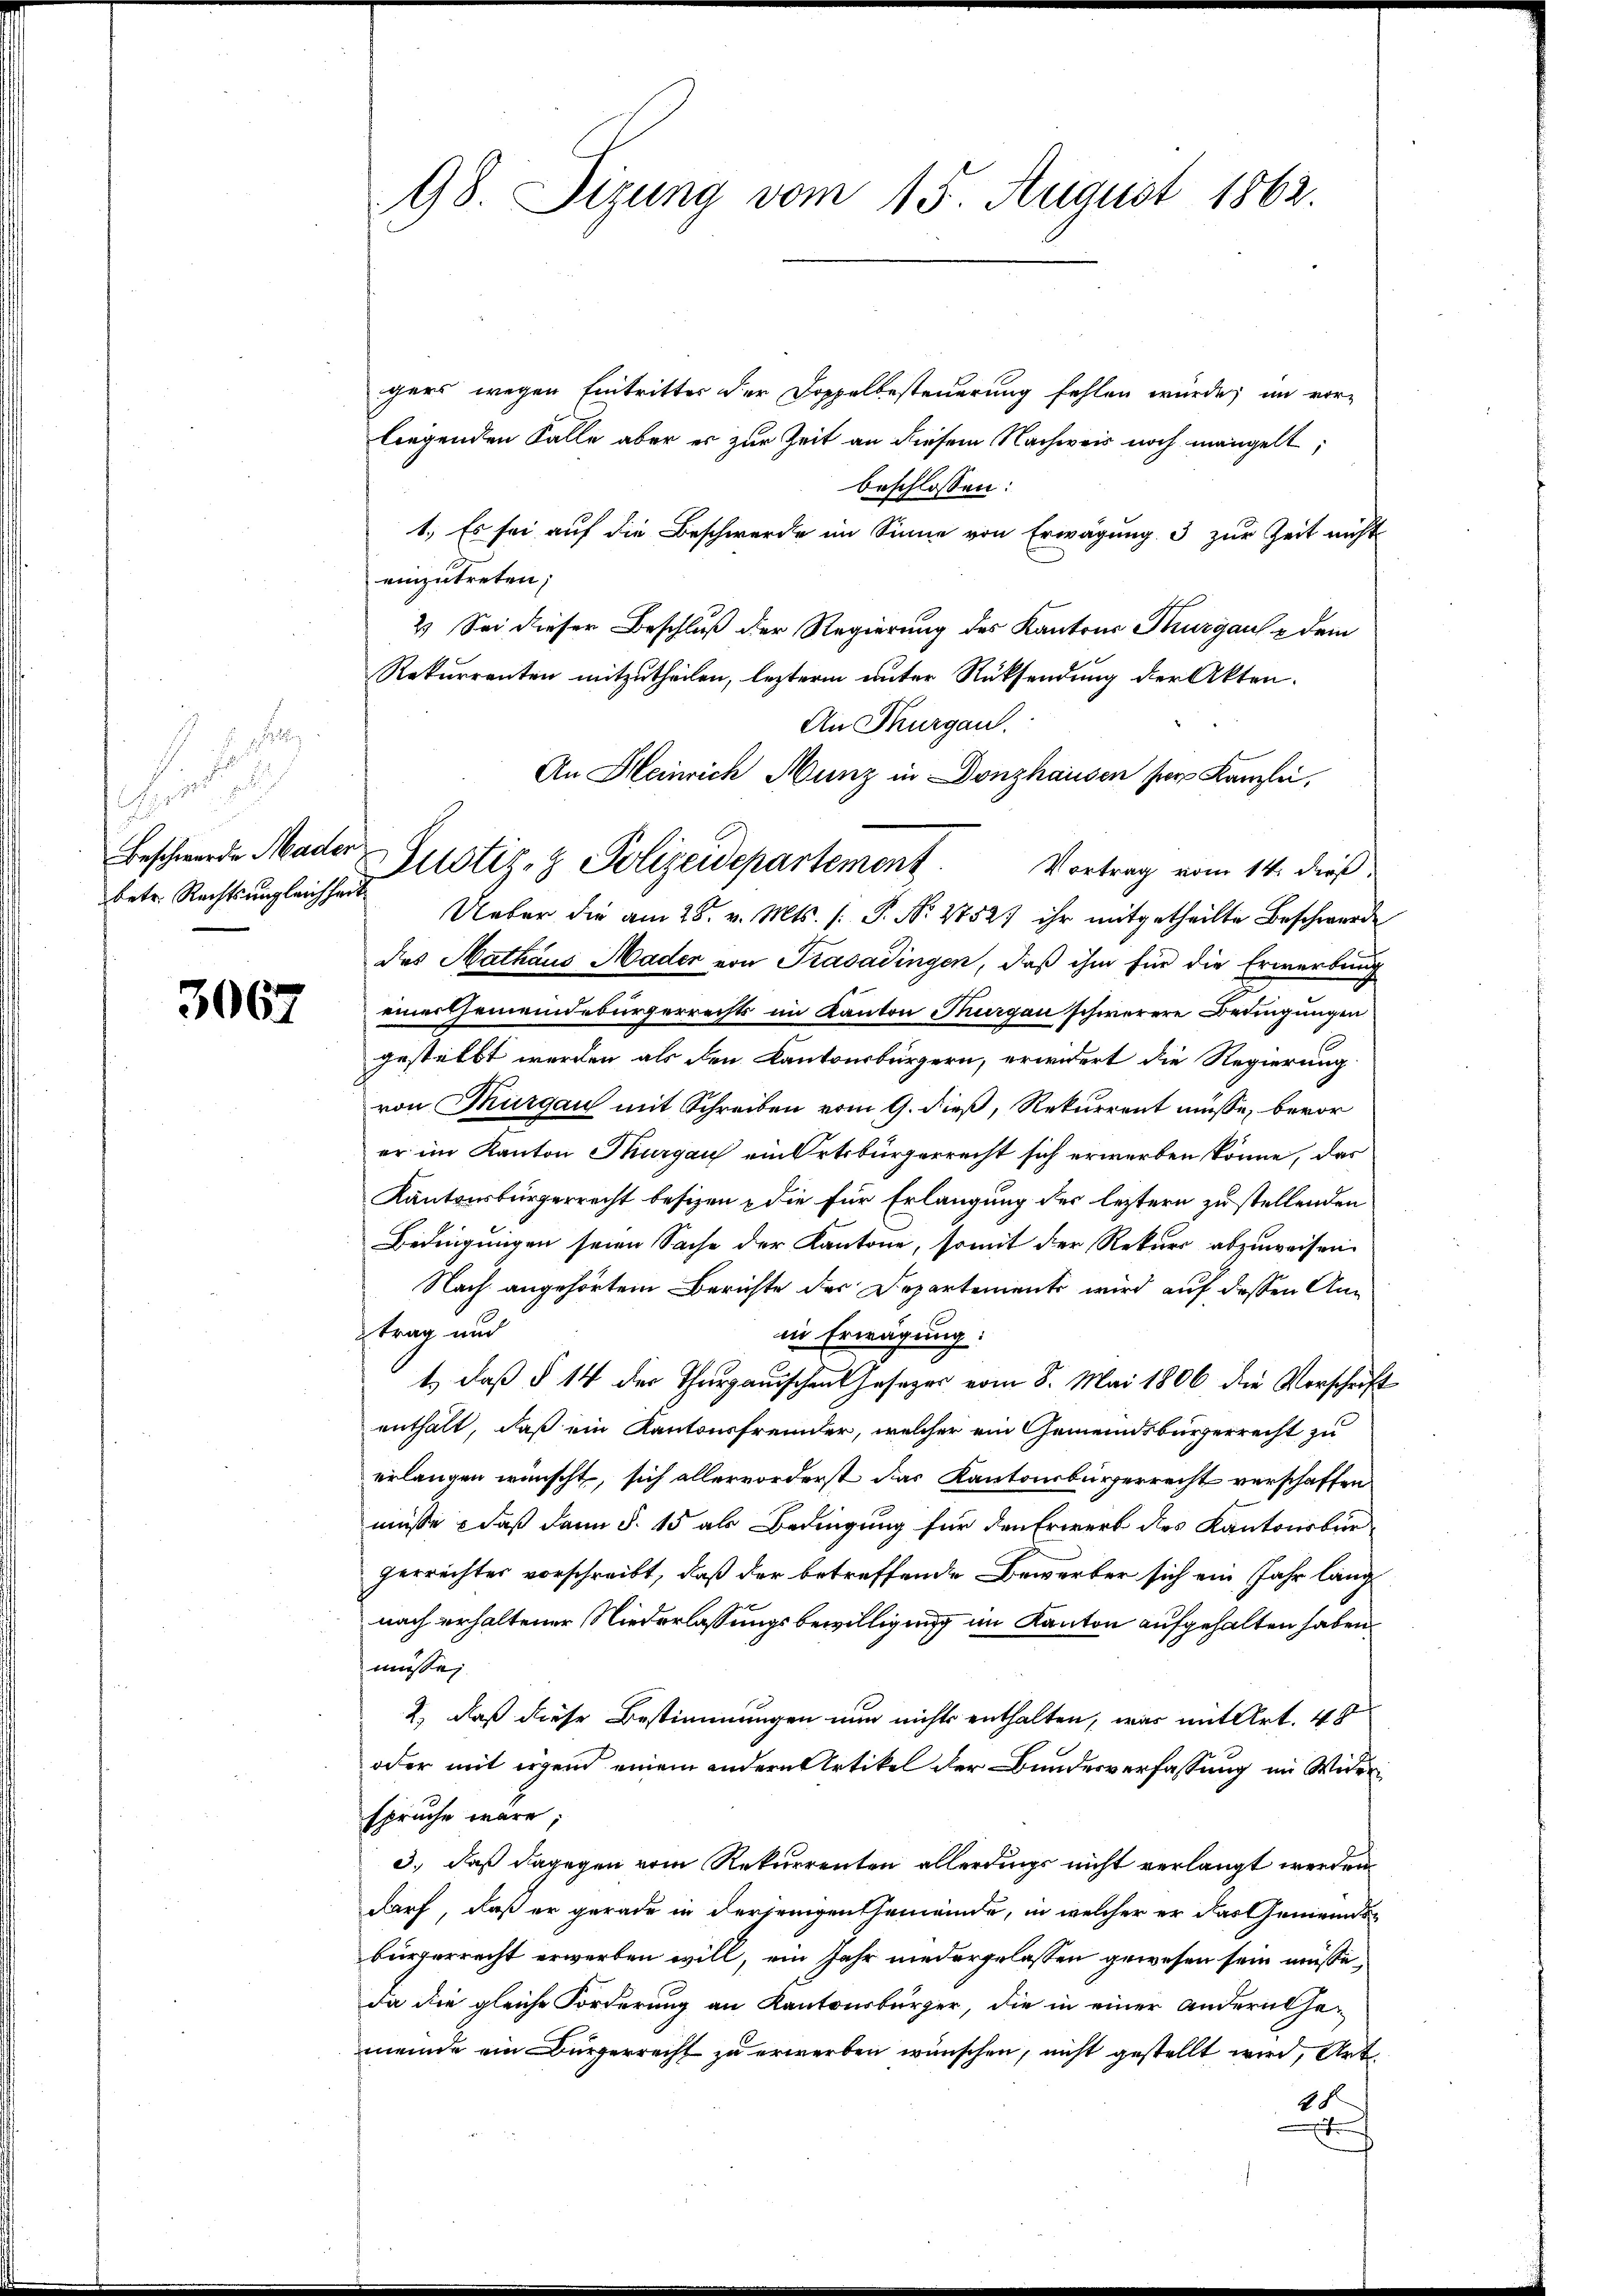
betr. Rechts ungleichheit

3067

98. Sizung vom 15. August 1862.

gers wegen Eintritter der Doppelbesteuerung fehlen würde; im vor-
liegenden Falle aber es zur Zeit an diesem Nachweis noch mangelt,
beschlossen:
1. Es sei auf die Beschwerde im Sinne von Erwägung. 3 zur Zeit nicht
einzutreten;
2) Sei dieser Beschluß der Regierung des Kantons Thurgaus & dem
Rekurrenten mitzutheilen, lezterm unter Rücksendung der Akten.
An Thurgau.
An Heinrich Munz in Donzhausen her Kanzlei,
Ueber die am 28. v. Mts. (: P. Nr. 17527 ihr mitgetheilte Beschwerde
des Mathäus Mader von Trasadingen, daß ihm für die Erwerbung
einer Gemeindebürgerrechts im Kanton Thurgau schwerere Bedingungen
gestellt werden als den Kantonsbürgern, erwidert die Regierung.
von Thurgau mit Schreiben vom 9. dieß, Rekurrent müsse, bevorer im Kanton Thurgau ein Ortsbürgerrecht sich erwerben könne, das
Kantonsbürgerrecht besizen & die für Erlangung des leztern zu stellenden
Bedingungen seien Sache der Kantone, somit der Rekurs abzuweisen
Nach angehörtem Berichte des Departements wird auf dessen Antrag und
in Erwägung:
t., daß § 14 der Thurgauischen Gesezes vom 8. Mai 1806 die Vorschrift
enthalt, daß ein Kantonsfremder, welcher ein Gemeindsbürgerrecht zu
erlangen wünscht, sich allervorderst das Kantonsbürgerrecht verschaffen
müsse daß dann §. 15 als Bedingung für den Erwerb des Kantonsbur
gerrechter vorschreibt, daß der betreffende Bewerber sich ein Jahr lang
nach erhaltener Niederlassungsbewilligung im Kanton aufgehalten haben.
müsse;
2) daß diese Bestimmungen nun nichts enthalten, was mit Art. 48
oder mit irgend einem andern Artikel der Bundesverfassung im Widerspruche wäre;
3., daß dagegen vom Rekurrenten allerdings nicht verlangt werden.
darf, daß er gerade in derjenigen Gemeinde, in welcher er das Gemeindsbürgerrecht erwerben will, ein Jahr niedergelassen gewesen sein müsse,
da die gleiche Forderung an Kantonsbürger, die in einer anderathe-
meinde ein Bürgerrecht zu erwerben wünschen, nicht gestellt wird, Art.
4
t

Beschwerde Mader Justiz- & Polizeidepartement. Vortrag vom 14. dieß